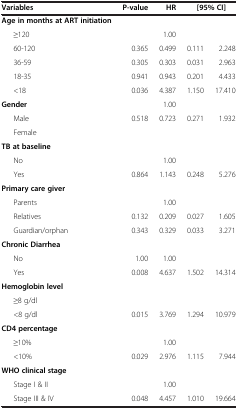
<table><thead><tr><td><b>Variables</b></td><td><b>P-value</b></td><td><b>HR</b></td><td><b> </b></td><td><b>[95% CI]</b></td></tr></thead><tbody><tr><td><b>Age in months at ART initiation</b></td><td> </td><td> </td><td> </td><td> </td></tr><tr><td>≥120</td><td> </td><td>1.00</td><td> </td><td> </td></tr><tr><td>60-120</td><td>0.365</td><td>0.499</td><td>0.111</td><td>2.248</td></tr><tr><td>36-59</td><td>0.305</td><td>0.303</td><td>0.031</td><td>2.963</td></tr><tr><td>18-35</td><td>0.941</td><td>0.943</td><td>0.201</td><td>4.433</td></tr><tr><td>&lt;18</td><td>0.036</td><td>4.387</td><td>1.150</td><td>17.410</td></tr><tr><td><b>Gender</b></td><td> </td><td>1.00</td><td> </td><td> </td></tr><tr><td>Male</td><td>0.518</td><td>0.723</td><td>0.271</td><td>1.932</td></tr><tr><td>Female</td><td> </td><td> </td><td> </td><td> </td></tr><tr><td><b>TB at baseline</b></td><td> </td><td> </td><td> </td><td> </td></tr><tr><td>No</td><td> </td><td>1.00</td><td> </td><td> </td></tr><tr><td>Yes</td><td>0.864</td><td>1.143</td><td>0.248</td><td>5.276</td></tr><tr><td><b>Primary care giver</b></td><td> </td><td> </td><td> </td><td> </td></tr><tr><td>Parents</td><td> </td><td>1.00</td><td> </td><td> </td></tr><tr><td>Relatives</td><td>0.132</td><td>0.209</td><td>0.027</td><td>1.605</td></tr><tr><td>Guardian/orphan</td><td>0.343</td><td>0.329</td><td>0.033</td><td>3.271</td></tr><tr><td><b>Chronic Diarrhea</b></td><td> </td><td> </td><td> </td><td> </td></tr><tr><td>No</td><td>1.00</td><td>1.00</td><td> </td><td> </td></tr><tr><td>Yes</td><td>0.008</td><td>4.637</td><td>1.502</td><td>14.314</td></tr><tr><td><b>Hemoglobin level</b></td><td> </td><td> </td><td> </td><td> </td></tr><tr><td>≥8 g/dl</td><td> </td><td> </td><td> </td><td> </td></tr><tr><td>&lt;8 g/dl</td><td>0.015</td><td>3.769</td><td>1.294</td><td>10.979</td></tr><tr><td><b>CD4 percentage</b></td><td> </td><td> </td><td> </td><td> </td></tr><tr><td>≥10%</td><td> </td><td>1.00</td><td> </td><td> </td></tr><tr><td>&lt;10%</td><td>0.029</td><td>2.976</td><td>1.115</td><td>7.944</td></tr><tr><td><b>WHO clinical stage</b></td><td> </td><td> </td><td> </td><td> </td></tr><tr><td>Stage I &amp; II</td><td> </td><td>1.00</td><td> </td><td> </td></tr><tr><td>Stage III &amp; IV</td><td>0.048</td><td>4.457</td><td>1.010</td><td>19.664</td></tr></tbody></table>